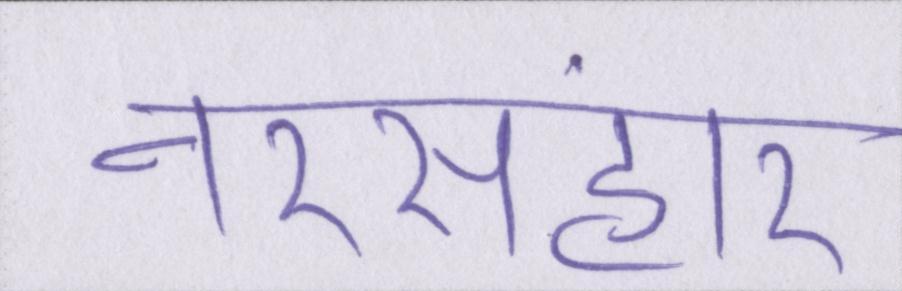
नरसंहार